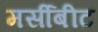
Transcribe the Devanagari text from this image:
मर्सीबीट